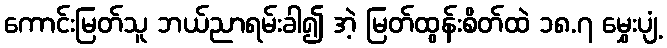
ကောင်းမြတ်သူ ဘယ်ညာရမ်းခါ၍ အဲ့ မြတ်ထွန်းစိတ်ထဲ ၁၈.၇ မွှေးပျံ့